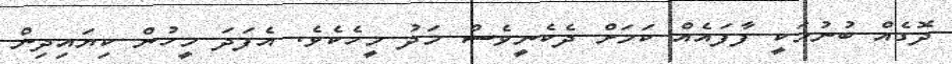
ދޮގެއް ބުނުމަކީ ފާފައެއް ކަމަށް ދެކެނީވެސް މަދު މީހެކެވެ. އެފަދަ މީހުން ކިޔައިދިން